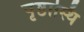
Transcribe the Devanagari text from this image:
पृष्ठास्थि